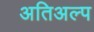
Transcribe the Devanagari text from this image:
अतिअल्प